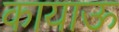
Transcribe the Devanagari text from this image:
कायाऊ